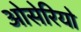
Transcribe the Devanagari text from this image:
ओसेरियो